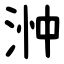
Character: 浺